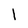
Character: I